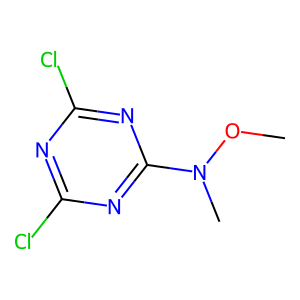
SMILES: CON(C)c1nc(Cl)nc(Cl)n1
Inhibits HIV replication: No